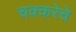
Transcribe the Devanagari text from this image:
चक्करेचे